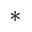
^ \ast